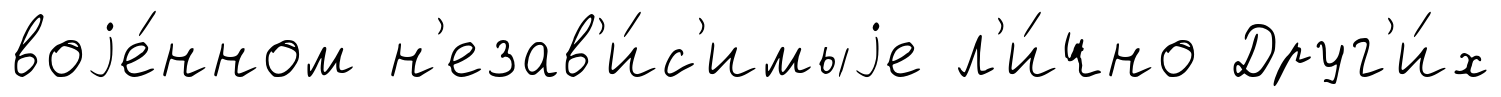
воjе́нном н'езав'и́с'имыjе л'и́чно Друг'и́х